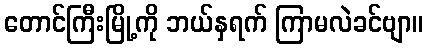
တောင်ကြီးမြို့ကို ဘယ်နှရက် ကြာမလဲခင်ဗျာ။